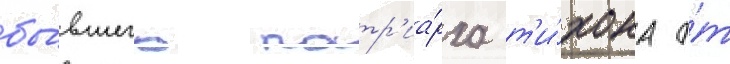
бы́вшего патр'иа́рха т'и́хона о́т